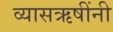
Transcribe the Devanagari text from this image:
व्यासऋषींनी